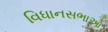
વિધાનસભાઓ